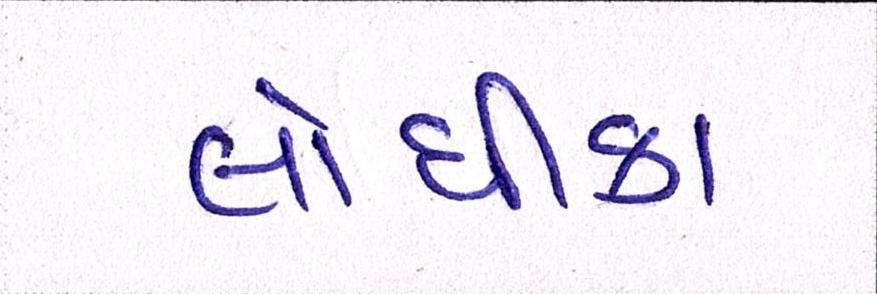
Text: લોધીકા